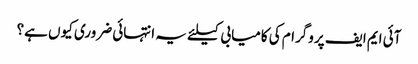
آئی ایم ایف پروگرام کی کامیابی کیلئے یہ انتہائی ضروری کیوں ہے؟